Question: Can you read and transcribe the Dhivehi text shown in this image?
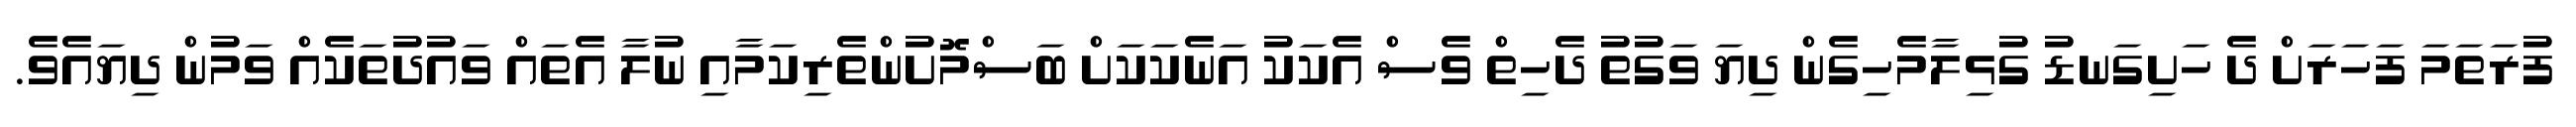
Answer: ފުރަތަމަ ފަހަރަށް ދެ ހަށިގަނޑު ގުޅިލާމެހިގެން ދިޔަ ވަގުތު ދެހިތް ވެސް އެކަކު އަނެކަކަށް ބަސްމޮށުންތެރިކަމާއި ނުލާ އެތައް ވައުދުތަކެއް ވަމުން ދިޔައެވެ.